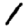
Digit: 1